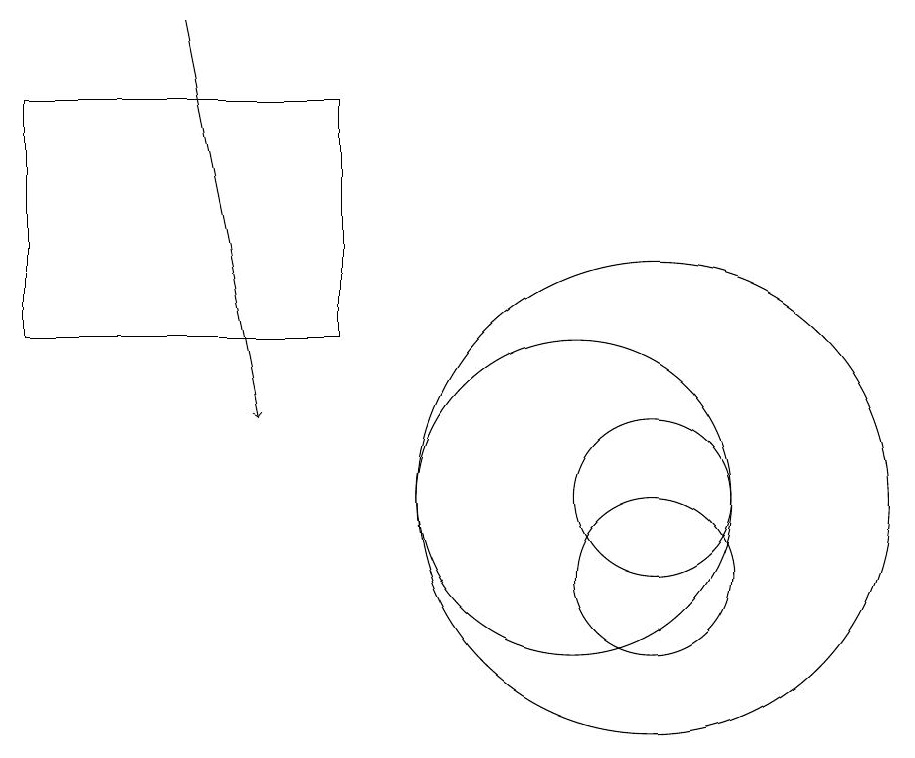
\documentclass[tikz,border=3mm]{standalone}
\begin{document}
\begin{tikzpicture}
\draw (7,17) rectangle (3,14);
\draw (10,12) circle (2);
\draw (11,12) circle (3);
\draw (11,11) circle (1);
\draw[->] (5,18) -- (6,13);
\draw (11,12) circle (1);
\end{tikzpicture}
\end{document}